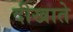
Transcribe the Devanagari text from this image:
दीखाते